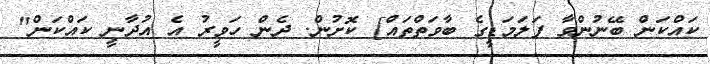
ކައްކަން ބޭނުންވާ ފަލަމަޑީގެ ބާވަތްތައް] ކޮށުން. ދެން ހަވީރު އެ އުދާނީ ކައްކަން"